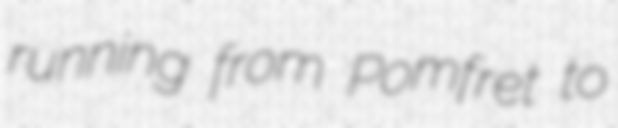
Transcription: running from Pomfret to